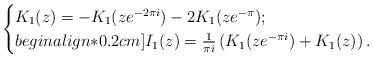
LaTeX: \begin{align*}\begin{cases}K_{1}(z)=-K_{1}(ze^{-2\pi i})-2K_{1}(ze^{-\pi});\\begin{align*}0.2cm]I_{1}(z)=\frac{1}{\pi i}\left(K_{1}(ze^{-\pi i})+K_{1}(z)\right).\end{cases}\end{align*}